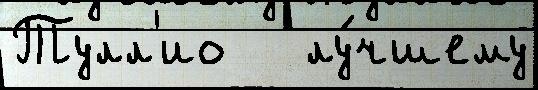
Тулл'ио   лу́чшему